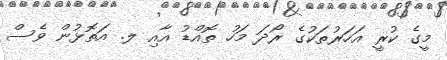
މީގެ ކުރީ އަހަރުތަކުގެ ރޯދަ މަހު ތޮއްޑު އާއި ލ. އަތޮޅުން ވެސް